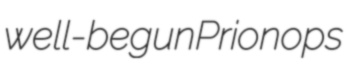
well-begun Prionops